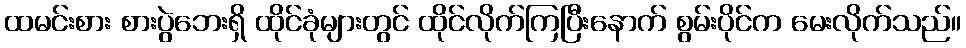
ထမင်းစား စားပွဲဘေးရှိ ထိုင်ခုံများတွင် ထိုင်လိုက်ကြပြီးနောက် စွမ်းပိုင်က မေးလိုက်သည်။